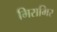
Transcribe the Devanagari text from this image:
मिरामिर